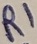
Text: R1